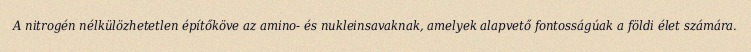
A nitrogén nélkülözhetetlen építőköve az amino- és nukleinsavaknak, amelyek alapvető fontosságúak a földi élet számára.